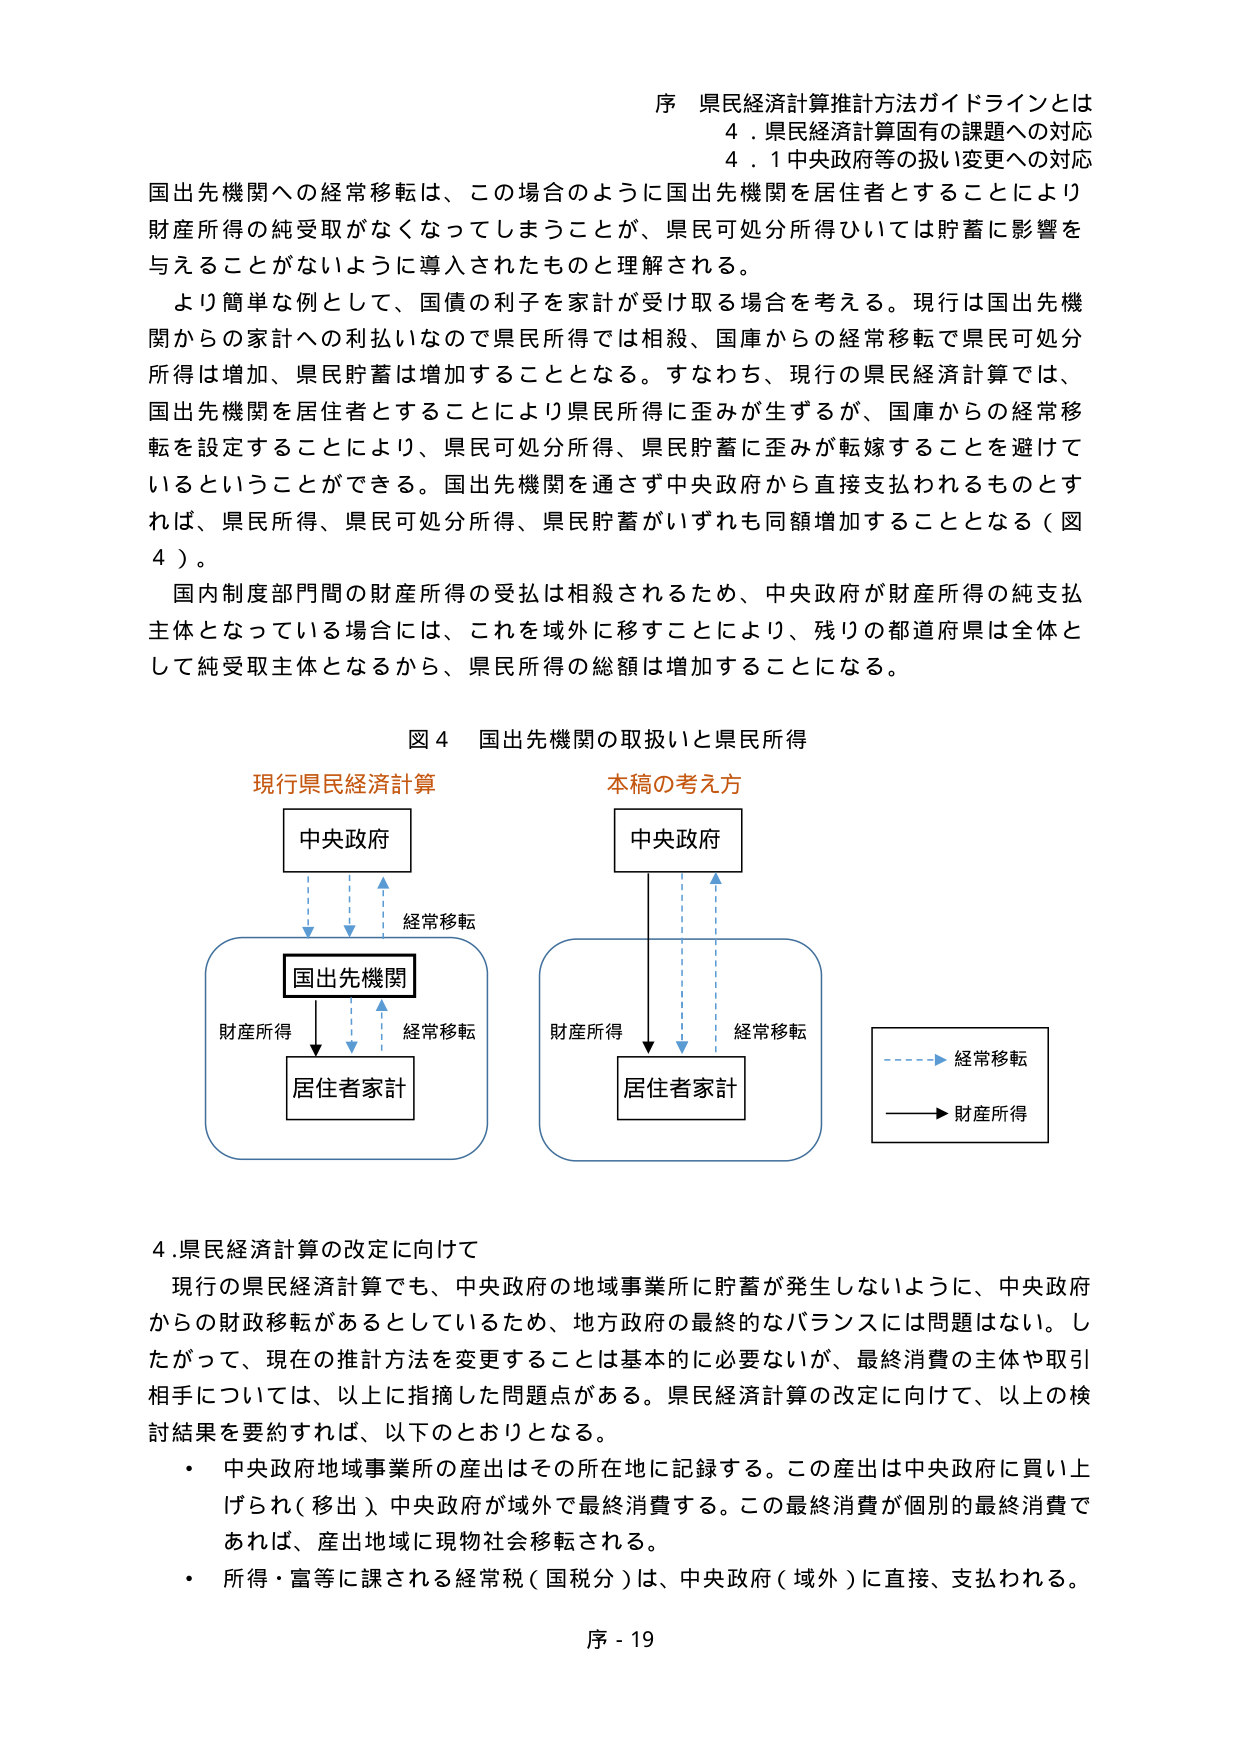
序 県民経済計算推計方法ガイドラインとは
4．県民経済計算固有の課題への対応
4．1 中央政府等の扱い変更への対応

国出先機関への経常移転は、この場合のように国出先機関を居住者とすることにより財産所得の純受取がなくなってしまうことが、県民可処分所得ひいては貯蓄に影響を与えることがないように導入されたものと理解される。

より簡単な例として、国債の利子を家計が受け取る場合を考える。現行は国出先機関からの家計への利払いなので県民所得では相殺、国庫からの経常移転で県民可処分所得は増加、県民貯蓄は増加することとなる。すなわち、現行の県民経済計算では、国出先機関を居住者とすることにより県民所得に歪みが生ずるが、国庫からの経常移転を設定することにより、県民可処分所得、県民貯蓄に歪みが転嫁することを避けてい るということができる。国出先機関を通さず中央政府から直接支払われるものとすれば、県民所得、県民可処分所得、県民貯蓄がいずれも同額増加することとなる（図4）。

国内制度部門間の財産所得の受払は相殺されるため、中央政府が財産所得の純支払主体となっている場合には、これを域外に移すことにより、残りの都道府県は全体として純受取主体となるから、県民所得の総額は増加することになる。

図4 国出先機関の取扱いと県民所得

現行県民経済計算
中央政府
↓（経常移転）
国出先機関
↓（財産所得）
居住者家計
↑（経常移転）

本稿の考え方
中央政府
↓（経常移転）
居住者家計
↑（財産所得）

（凡例）
――→ 経常移転
→ 財産所得

4．県民経済計算の改定に向けて

現行の県民経済計算でも、中央政府の地域事業所に貯蓄が発生しないように、中央政府からの財政移転があるとしているため、地方政府の最終的なバランスには問題はない。したがって、現在の推計方法を変更することは基本的に必要ないが、最終消費の主体や取引相手については、以上に指摘した問題点がある。県民経済計算の改定に向けて、以上の検討結果を要約すれば、以下のとおりとなる。

・ 中央政府地域事業所の産出はその所在地に記録する。この産出は中央政府に買い上げられ（移出）、中央政府が域外で最終消費する。この最終消費が個別の最終消費であれば、産出地域に現物社会移転される。

・ 所得・富等に課される経常税（国税分）は、中央政府（域外）に直接、支払われる。

序 - 19